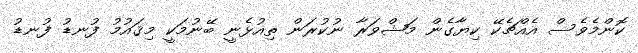
ކޮންމެވެސް އެއްޗެކޭ ކިޔާގެން މަޝްވަރާ ނުކުރަން ތިއުޅެނީ ބޭނުމަކީ މިޤައުމު ފުނޑު ފުނޑު